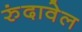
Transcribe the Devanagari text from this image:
रुंदावेल